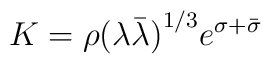
K= \rho {(\lambda\bar{\lambda})}^{1/3} e^{\sigma+\bar{\sigma}}